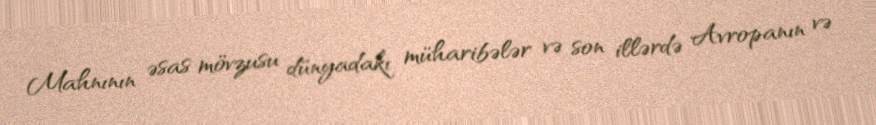
Mahnının əsas mövzusu dünyadakı müharibələr və son illərdə Avropanın və